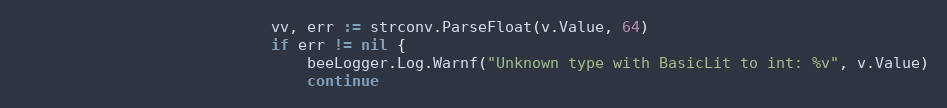
Language: Go
							vv, err := strconv.ParseFloat(v.Value, 64)
							if err != nil {
								beeLogger.Log.Warnf("Unknown type with BasicLit to int: %v", v.Value)
								continue